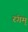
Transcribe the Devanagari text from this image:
रंगम्